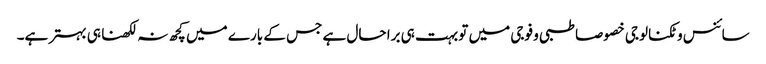
سائنس و ٹکنالوجی خصوصا طبی و فوجی میں تو بہت ہی برا حال ہے جس کے بارے میں کچھ نہ لکھنا ہی بہتر ہے۔